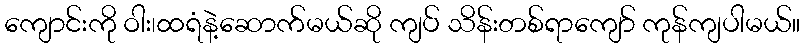
ကျောင်းကို ဝါး၊ထရံနဲ့ဆောက်မယ်ဆို ကျပ် သိန်းတစ်ရာကျော် ကုန်ကျပါမယ်။